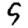
Digit: 5